Plague in India, 1896, 1897 - Volume 2
Year: 1896
Disease focus: Plague
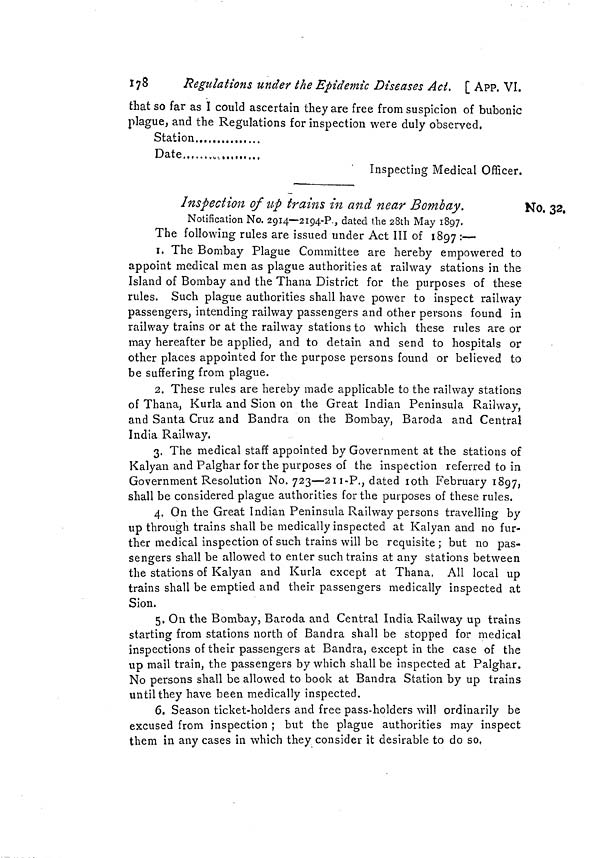
178
Regulations under ¿he Epidemic Diseases Act. [ APP. VI.
that so far as I could ascertain they are free from suspicion of bubonic
plague, and the Regulations for inspection were duly observed.
Station
Date
,
Inspecting Medical Officer.
No. 32.
Inspection of up trains in and near Bombay.
Notification No. 2914—2194-P., dated the 28th May 1897.
The following rules are issued under Act III of 1897 :—
1. The Bombay Plague Committee are hereby empowered to
appoint medical men as plague authorities at railway stations in the
Island of Bombay and the Thana District for the purposes of these
rules. Such plague authorities shall have power to inspect railway
passengers, intending railway passengers and other persons found in
railway trains or at the railway stations to which these rules are or
may hereafter be applied, and to detain and send to hospitals or
other places appointed for the purpose persons found or believed to
be suffering from plague.
2. These rules are hereby made applicable to the railway stations
of Thana, Kurla and Sion on the Great Indian Peninsula Railway,
and Santa Cruz and Bandra on the Bombay, Baroda and Central
India Railway.
3. The medical staff appointed by Government at the stations of
Kalyan and Palghar for the purposes of the inspection referred to in
Government Resolution No. 723—211-P., dated 10th February 1897,
shall be considered plague authorities for the purposes of these rules.
4. On the Great Indian Peninsula Railway persons travelling by
up through trains shall be medically inspected at Kalyan and no fur-
ther medical inspection of such trains will be requisite ; but no pas-
sengers shall be allowed to enter such trains at any stations between
the stations of Kalyan and Kurla except at Thana. All local up
trains shall be emptied and their passengers medically inspected at
Sion.
5. On the Bombay, Baroda and Central India Railway up trains
starting from stations north of Bandra shall be stopped for medical
inspections of their passengers at Bandra, except in the case of the
up mail train, the passengers by which shall be inspected at Palghar.
No persons shall be allowed to book at Bandra Station by up trains
until they have been medically inspected.
6. Season ticket-holders and free pass-holders will ordinarily be
excused from inspection ; but the plague authorities may inspect
them in any cases in which they consider it desirable to do so,